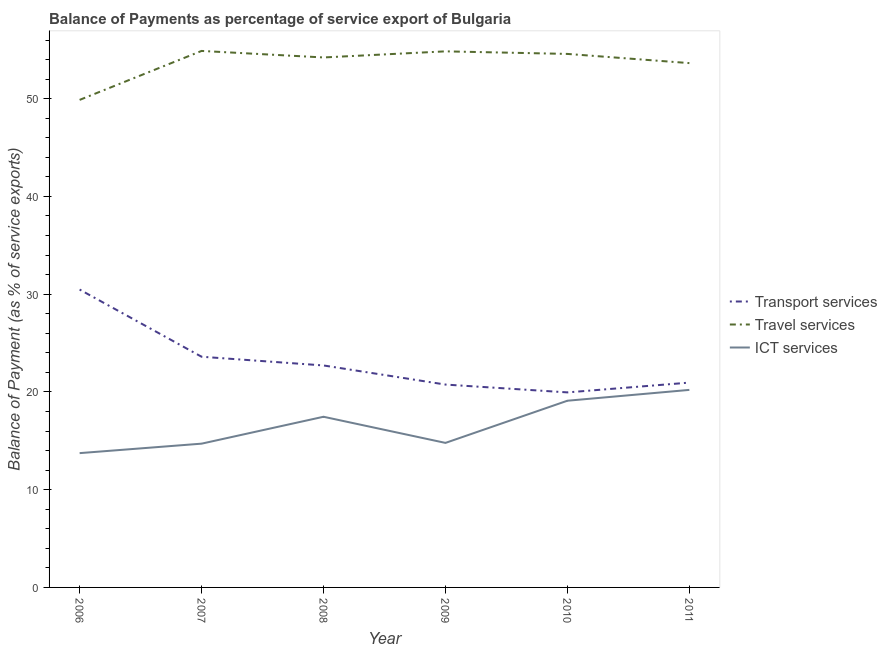
| Year | Transport services | Travel services | ICT services |
 | --- | --- | --- | --- |
 | 2006 | 30.5 | 49.9 | 13.7 |
 | 2007 | 23.6 | 54.9 | 14.7 |
 | 2008 | 22.7 | 54.2 | 17.5 |
 | 2009 | 20.8 | 54.8 | 14.8 |
 | 2010 | 20 | 54.6 | 19.1 |
 | 2011 | 21 | 53.6 | 20.2 |